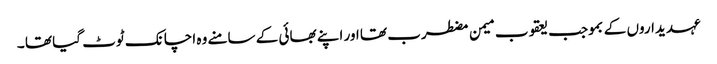
عہدیداروں کے بموجب یعقوب میمن مضطرب تھا اور اپنے بھائی کے سامنے وہ اچانک ٹوٹ گیا تھا ۔